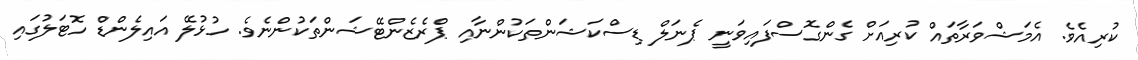
ކުރިއެވެ. އެމަޝްވަރާތައް ކުރިއަށް ގެންގޮސްފައިވަނީ ޕެނަލް ޑިސްކަޝަންތަކުންނާއި ޕްރެޒެންޓޭޝަންތަކުންނެވެ. ހުޅުލޭ އައިލެންޑް ހޮޓަލުގައި